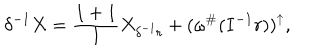
LaTeX: \delta ^ { - 1 } X = \frac { I + 1 } { I } X _ { \delta ^ { - 1 } r } + ( \omega ^ { \# } ( I ^ { - 1 } r ) ) ^ { \uparrow } ,